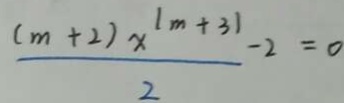
\frac { ( m + 2 ) x ^ { ( m + 3 ) } } { 2 } - 2 = 0